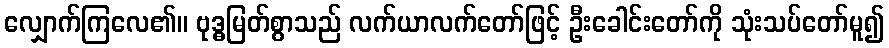
လျှောက်ကြလေ၏။ ဗုဒ္ဓမြတ်စွာသည် လက်ယာလက်တော်ဖြင့် ဦးခေါင်းတော်ကို သုံးသပ်တော်မူ၍